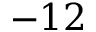
- 1 2